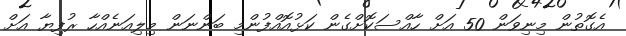
އެގޮތުން މިނިވަން 50 އަށް ހާއްސަކޮށްގެން ކަޅުއޮއްފުންމި ބަންނަން މިލިއަނެއްހާ ރުފިޔާ އަށް